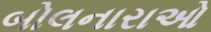
બોલનારાઓ